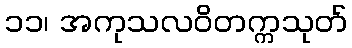
၁၁၊ အကုသလဝိတက္ကသုတ်